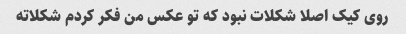
روی کیک اصلا شکلات نبود که تو عکس من فکر کردم شکلاته